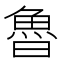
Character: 魯